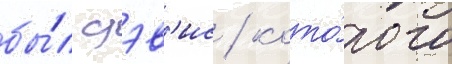
бы́л дэв'ис / кото́рого